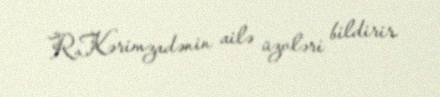
R.Kərimzadənin ailə üzvləri bildirir.